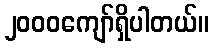
၂၀၀၀ကျော်ရှိပါတယ်။